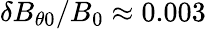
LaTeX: \delta B_{\theta 0}/B_{0}\approx 0.003